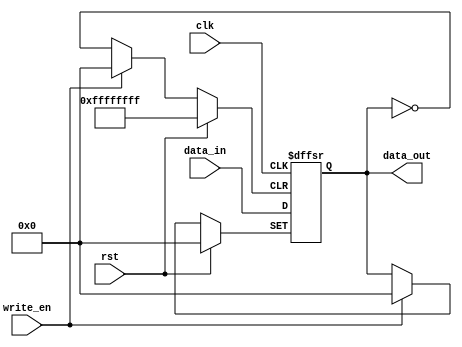
module Register (input clk, rst, write_en ,input [31:0] data_in, output [31:0] data_out);
    reg [31:0] data;

    always @(posedge clk, posedge rst, negedge write_en) begin
            if (rst == 1'b1)
                data <= 32'b0;
            else if(write_en == 1'b1)
                data <= data_in;
            else
                data <= data;
    end

    assign data_out = data;

endmodule